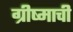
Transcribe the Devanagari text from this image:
ग्रीष्माची